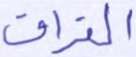
الفراق